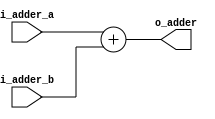
`timescale 1ns / 1ps
//////////////////////////////////////////////////////////////////////////////////
// Company: 
// Engineer: 
// 
// Design Name: 
// Module Name: ADD_PC
// Project Name: 
// Target Devices: 
// Tool Versions: 
// Description: 
// 
// Dependencies: 
// 
// Revision:
// Revision 0.01 - File Created
// Additional Comments:
// 
//////////////////////////////////////////////////////////////////////////////////


module adder(
	input wire  [31:0] i_adder_a,
	input wire  [31:0] i_adder_b,
	output wire [31:0] o_adder
    );

	assign o_adder = i_adder_a + i_adder_b;

endmodule